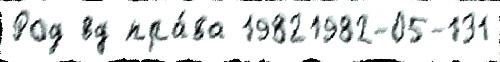
Род вд пра́ва 19821982-05-131